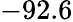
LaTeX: -92.6